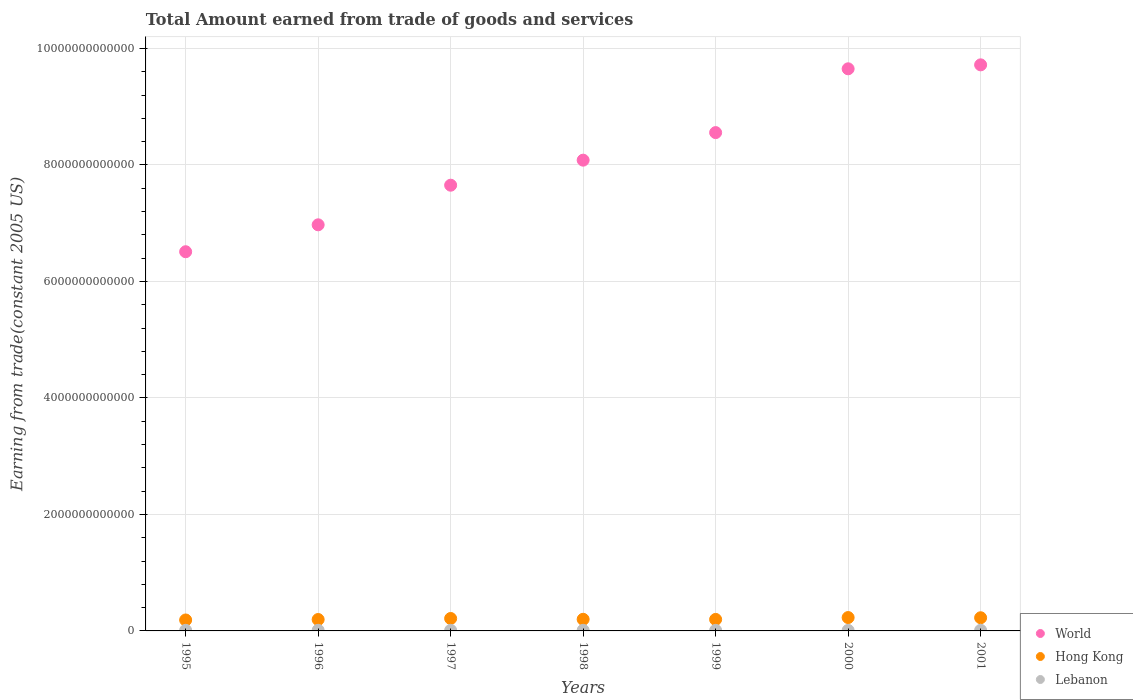
| Years | World | Hong Kong | Lebanon |
 | --- | --- | --- | --- |
 | 1995 | 6.51e+12 | 1.88e+11 | 1.04e+10 |
 | 1996 | 6.97e+12 | 1.96e+11 | 1.07e+10 |
 | 1997 | 7.65e+12 | 2.13e+11 | 1.02e+10 |
 | 1998 | 8.08e+12 | 1.99e+11 | 1.04e+10 |
 | 1999 | 8.55e+12 | 1.97e+11 | 9.71e+09 |
 | 2000 | 9.65e+12 | 2.3e+11 | 9.2e+09 |
 | 2001 | 9.72e+12 | 2.26e+11 | 1.11e+10 |